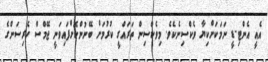
އެއީ އެންޓި-ޑީ ނަމަކަށްކިޔާ ވެކްސިނެކެވެ. މިވެކްސިން ތަރައްގީ ކުރުމަށް ބޭނުންކޮށްފައިވަނީ ޖޭމްސް ހެރިސަންގެ